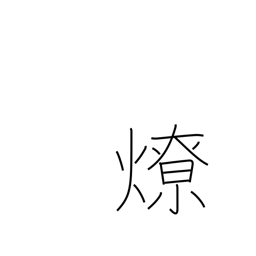
Meaning: bonfire